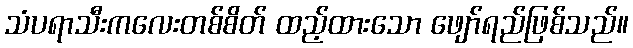
သံပရာသီးကလေးတစ်စိတ် ထည့်ထားသော ဖျော်ရည်ဖြစ်သည်။